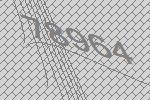
78964